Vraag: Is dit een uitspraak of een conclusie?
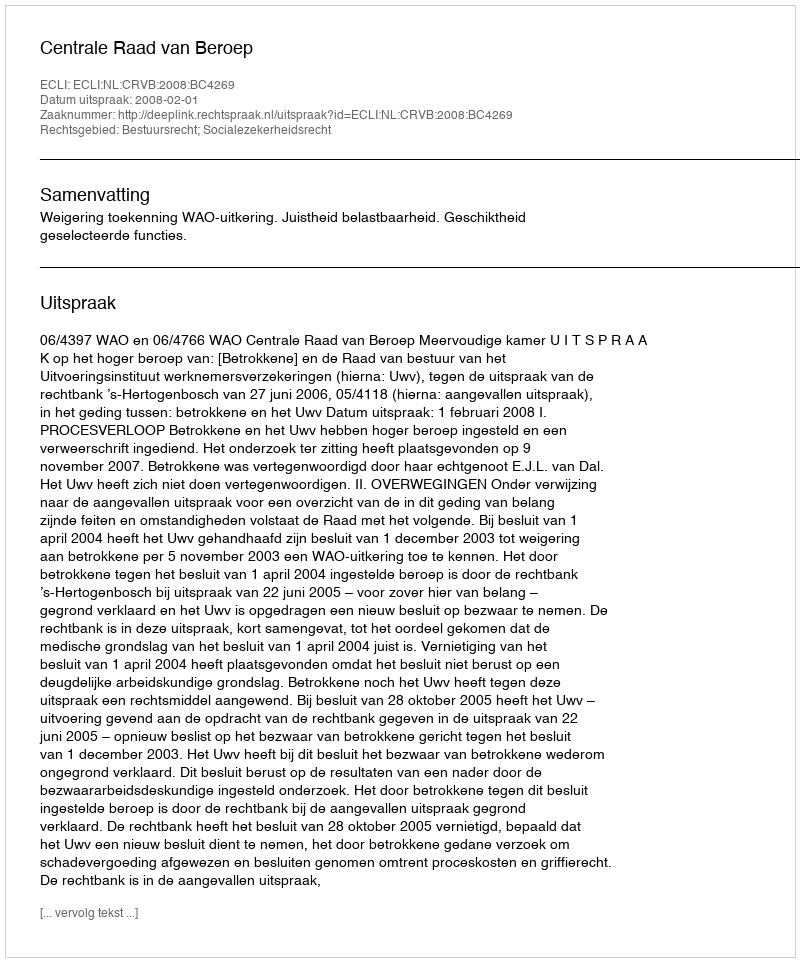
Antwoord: Uitspraak